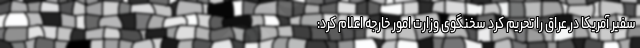
سفیر آمریکا در عراق را تحریم کرد سخنگوی وزارت امور خارجه اعلام کرد: